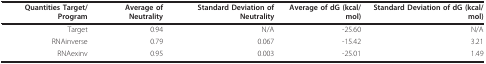
| Quantities Target/Program | Average of Neutrality | Standard Deviation of Neutrality | Average of dG (kcal/mol) | Standard Deviation of dG (kcal/mol) |
 | --- | --- | --- | --- | --- |
 | Target | 0.94 | N/A | -25.60 | N/A |
 | RNAinverse | 0.79 | 0.067 | -15.42 | 3.21 |
 | RNAexinv | 0.95 | 0.003 | -25.01 | 1.49 |